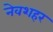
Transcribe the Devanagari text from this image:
नेवशहर